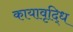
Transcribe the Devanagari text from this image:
कायावृद्धि